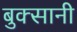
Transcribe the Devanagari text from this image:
बुक्सानी